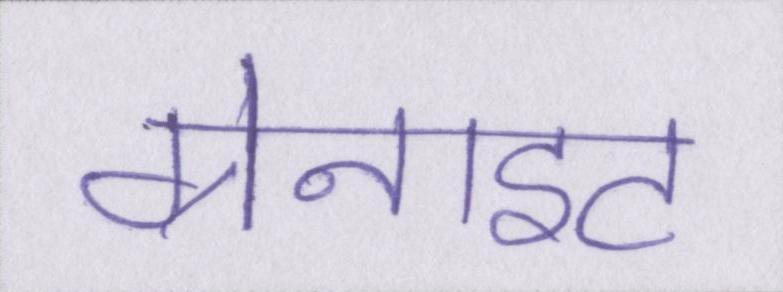
ग्रेनाइट